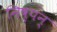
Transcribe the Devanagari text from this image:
निष्पन्